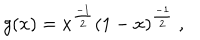
LaTeX: g ( x ) = x ^ { \frac { - 1 } { 2 } } ( 1 - x ) ^ { \frac { - 1 } { 2 } } \ ,